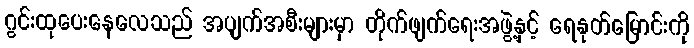
ဂွင်းထုပေးနေလေသည် အပျက်အစီးများမှာ တိုက်ဖျက်ရေးအဖွဲ့နှင့် ရေနုတ်မြောင်းကို